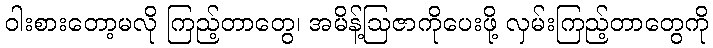
ဝါးစားတော့မလို ကြည့်တာတွေ၊ အမိန့်ဩဇာကိုပေးဖို့ လှမ်းကြည့်တာတွေကို